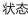
状态